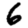
Digit: 6